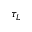
\tau _ { L }